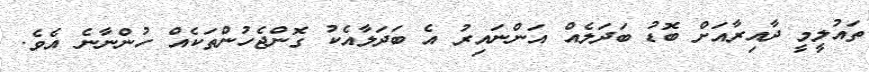
ތައުލީމީ ދާއިރާއަށް ބޮޑު ބަދަލެއް އަންނައިރު އެ ބަދަލާއެކު ގޮންޖެހުންތަކެއް ހުންނާނެ އެވެ.